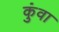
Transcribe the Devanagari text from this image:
कुंवा